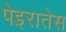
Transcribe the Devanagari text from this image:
पेइरातेस